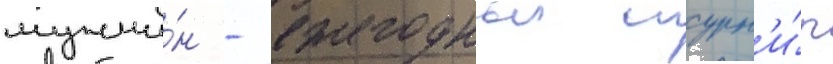
мужчи́н - ежегодныи турн'и́р